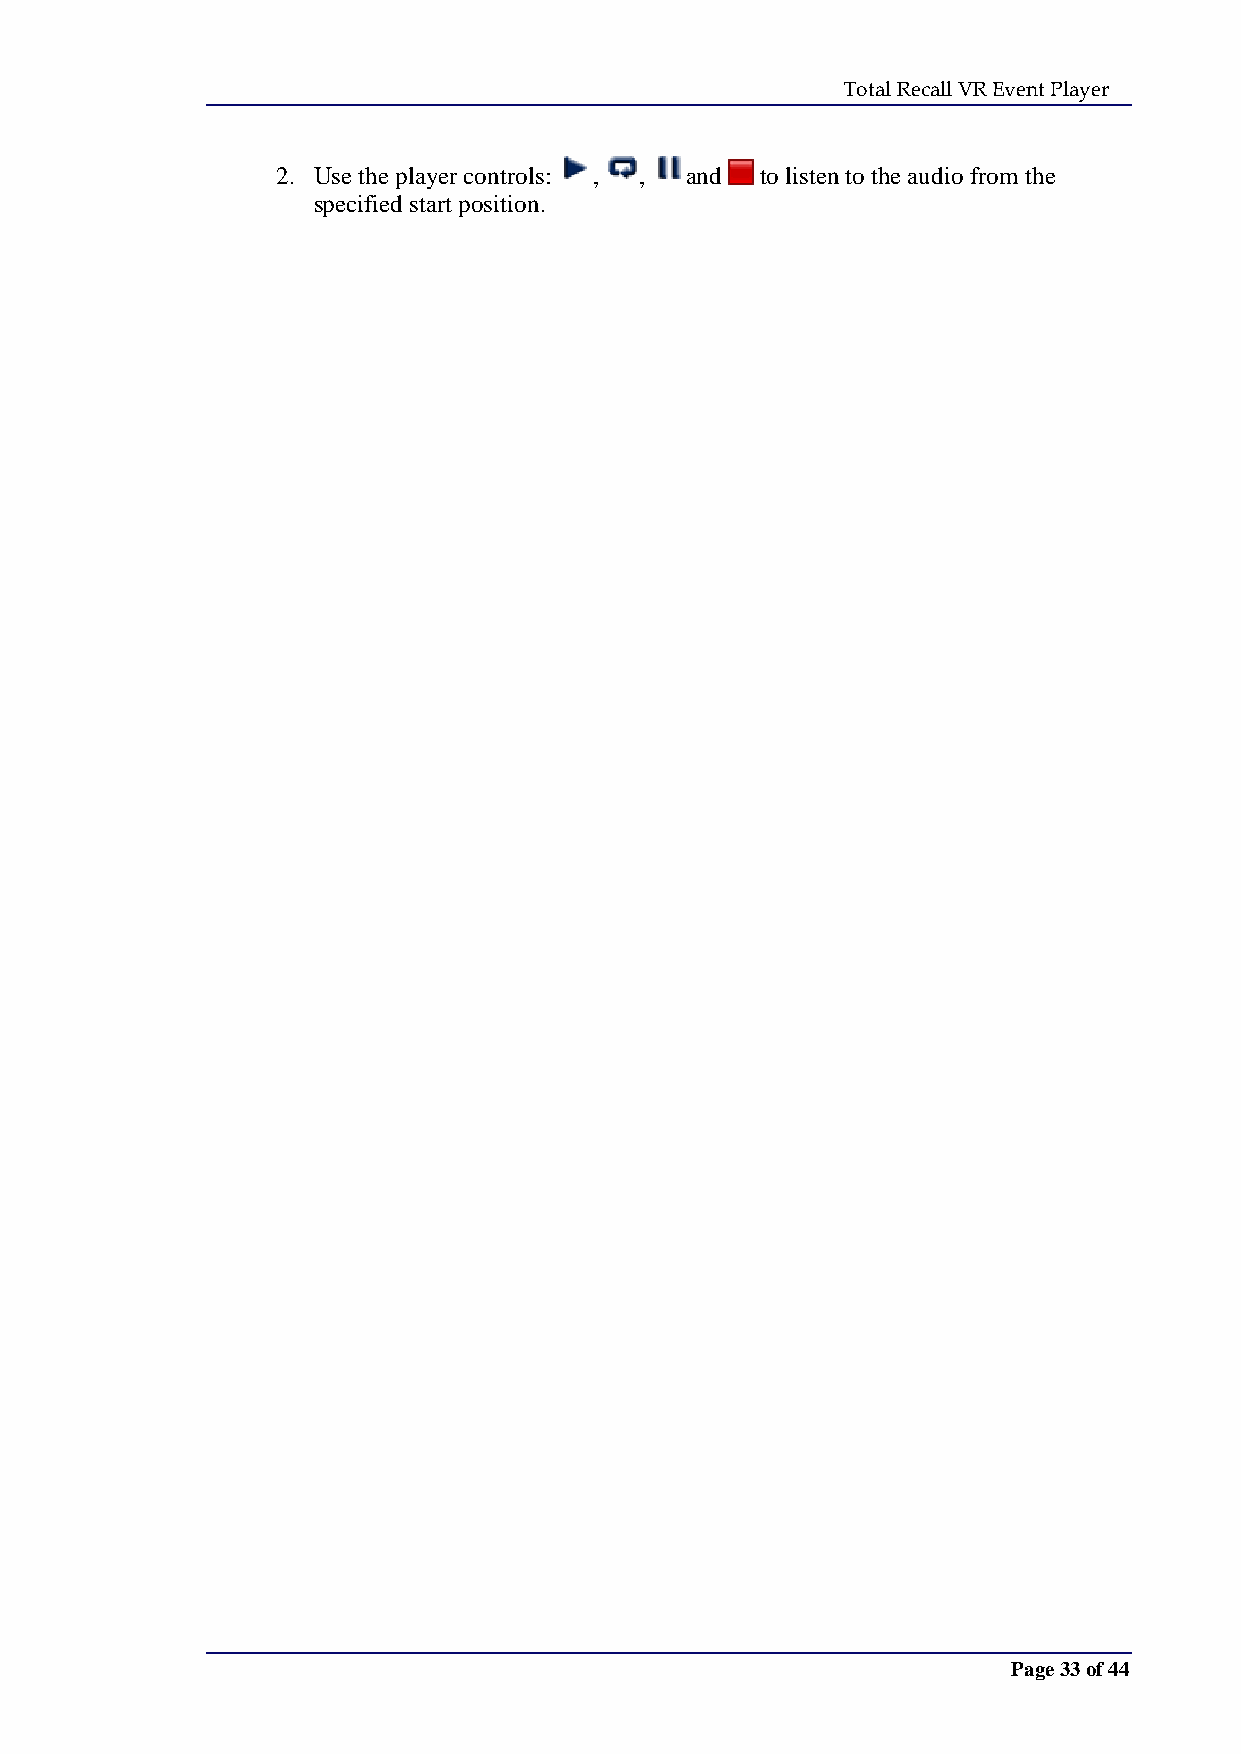
Total Recall VR Event Player
 2. Use the player controls: , , and to listen to the audio from the
 specified start position.
 Page 33 of 44